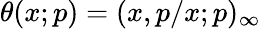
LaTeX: \displaystyle\theta(x;p)=(x,p/x;p)_{\infty}